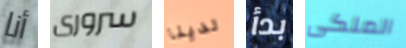
أنا سرورى لدينا بدأ الملكى